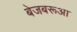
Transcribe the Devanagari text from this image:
बेजबरूआ